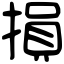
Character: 損